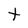
Character: t